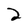
Character: 2